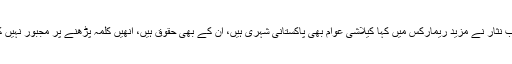
جسٹس ثاقب نثار نے مزید ریمارکس میں کہا کیلاشی عوام بھی پاکستانی شہری ہیں، ان کے بھی حقوق ہیں، انھیں کلمہ پڑھنے پر مجبور نہیں کیا جاسکتا۔